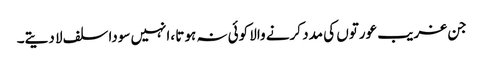
جن غریب عورتوں کی مدد کرنے والا کوئی نہ ہوتا ،انہیں سودا سلف لا دیتے۔